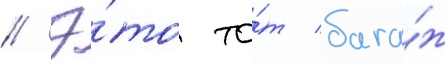
// Э́то то́т бага́ж